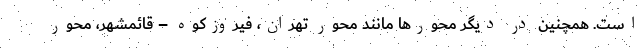
است. همچنین در دیگر محورها مانند محور تهران، فیروزکوه – قائمشهر، محور